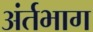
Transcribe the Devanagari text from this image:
अंर्तभाग